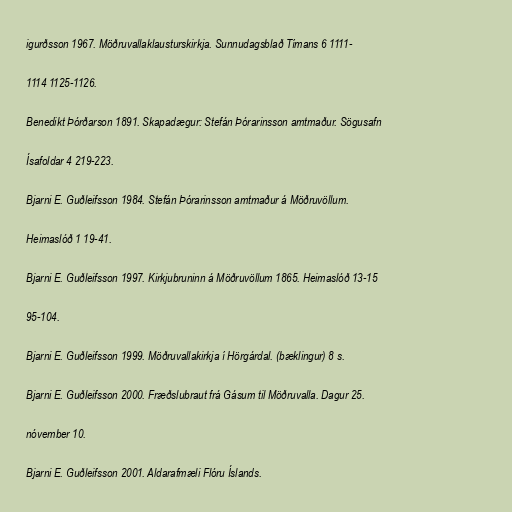
igurðsson 1967. Möðruvallaklausturskirkja. Sunnudagsblað Tímans 6 1111-

1114 1125-1126.

Benedikt Þórðarson 1891. Skapadægur: Stefán Þórarinsson amtmaður. Sögusafn

Ísafoldar 4 219-223.

Bjarni E. Guðleifsson 1984. Stefán Þórarinsson amtmaður á Möðruvöllum.

Heimaslóð 1 19-41.

Bjarni E. Guðleifsson 1997. Kirkjubruninn á Möðruvöllum 1865. Heimaslóð 13-15

95-104.

Bjarni E. Guðleifsson 1999. Möðruvallakirkja í Hörgárdal. (bæklingur) 8 s.

Bjarni E. Guðleifsson 2000. Fræðslubraut frá Gásum til Möðruvalla. Dagur 25.

nóvember 10.

Bjarni E. Guðleifsson 2001. Aldarafmæli Flóru Íslands.